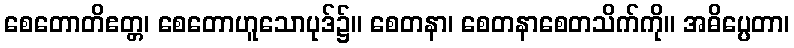
စေတောတိဧတ္တ၊ စေတောဟူသောပုဒ်၌။ စေတနာ၊ စေတနာစေတသိက်ကို။ အဓိပ္ပေတာ၊